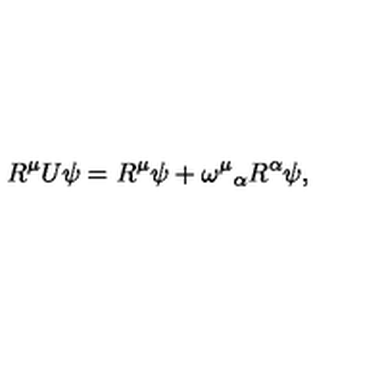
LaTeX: R ^ { \mu } U \psi = R ^ { \mu } \psi + \omega ^ { \mu } { } _ { \alpha } R ^ { \alpha } \psi ,